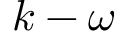
k - \omega